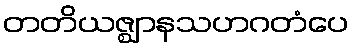
တတိယဇ္ဈာနသဟဂတံပေ